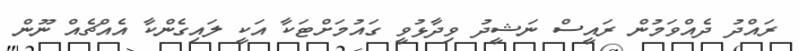
ރައްދު ދެއްވަމުން ރައީސް ނަޝީދު ވިދާޅުވީ ގައުމަށްޓަކާ އަކީ ލައިގެންކާ އެއްޗެއް ނޫން